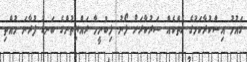
ގައުމު އިސްކުރާކަމުގެ ހެތްކެއް ސަރުކާރަށް ލޯނު ލިބުނީމާ ރައްޔިތުންގެ ބަނޑު ފުރާނަ މުއްތި